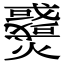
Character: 𤒓